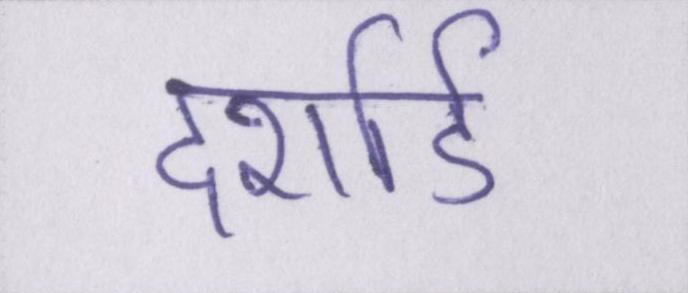
दर्शाई